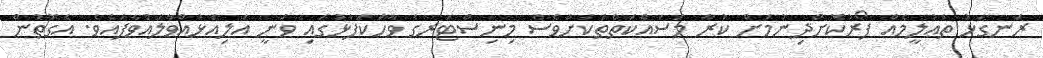
ރަނގަޅު ތަޢުލީމެއް ފޯރުކޮށްދިނުމަށް ކުރާ މަސައްކަތްތަކަށްވެސް މިނިސްޓަރގެ ވާހަކަފުޅުގައި ވަނީ އަލިއަޅުއްވާލައްވާފައެވެ. އެގޮތުން